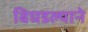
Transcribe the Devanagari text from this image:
बिघडल्याने